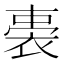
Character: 𧚐